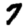
Digit: 7